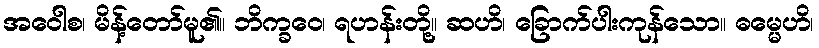
အဝေါစ၊ မိန့်တော်မူ၏။ ဘိက္ခဝေ၊ ရဟန်းတို့။ ဆဟိ၊ ခြောက်ပါးကုန်သော။ ဓမ္မေဟိ၊